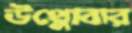
উথ্‌লোবার